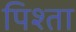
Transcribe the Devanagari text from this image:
पिश्ता